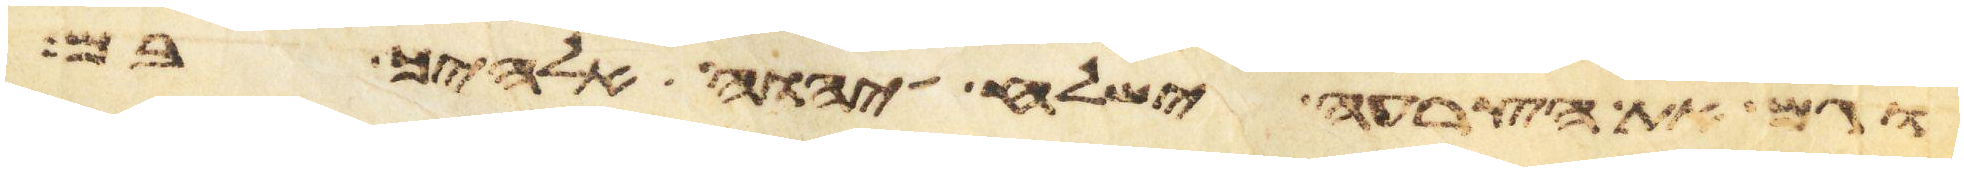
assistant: וגם את הצרעה ישלח יהוה אלהיך בם